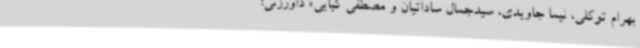
بهرام توکلی، نیما جاویدی، سیدجمال ساداتیان و مصطفی کیایی» داورزنی: